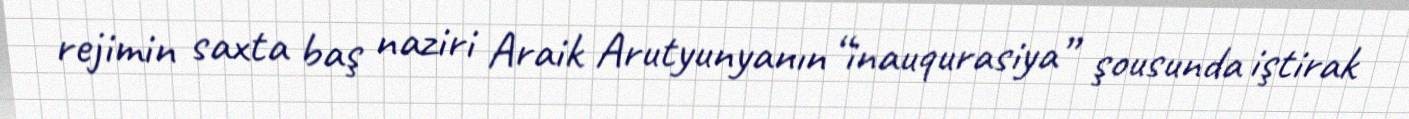
rejimin saxta baş naziri Araik Arutyunyanın “inauqurasiya” şousunda iştirak